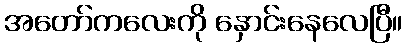
အတော်ကလေးကို နှောင်းနေလေပြီ။